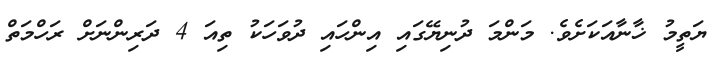
ޔަތީމު ޚާނާއަކަށެވެ. މަންމަ ދުނިޔޭގައި އިންހައި ދުވަހަކު ތިއަ 4 ދަރިންނަށް ރަހްމަތް